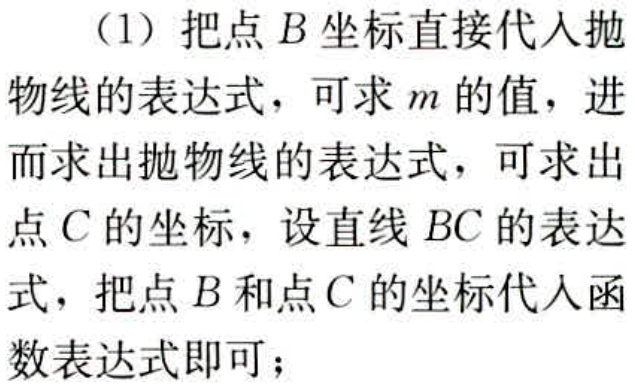
（1）把点\(B\)坐标直接代入抛物线的表达式，可求\(m\)的值，进而求出抛物线的表达式，可求出点\(C\)的坐标，设直线\(BC\)的表达式，把点\(B\)和点\(C\)的坐标代入函数表达式即可；